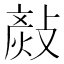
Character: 𢾬